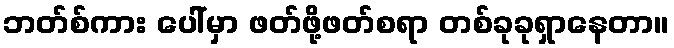
ဘတ်စ်ကား ပေါ်မှာ ဖတ်ဖို့ဖတ်စရာ တစ်ခုခုရှာနေတာ။